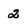
Character: 2